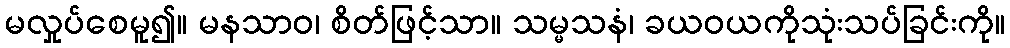
မလှုပ်စေမူ၍။ မနသာဝ၊ စိတ်ဖြင့်သာ။ သမ္မသနံ၊ ခယဝယကိုသုံးသပ်ခြင်းကို။